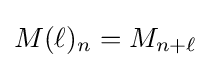
M(\ell )_{n}=M_{n+\ell }